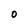
Character: O